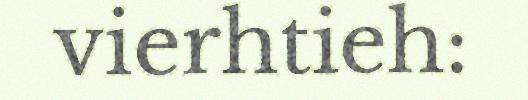
vierhtieh: